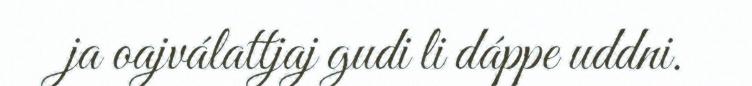
ja oajválattjaj gudi li dáppe uddni.